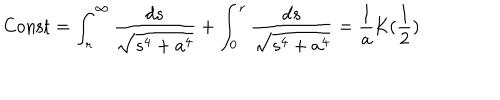
\mathrm { { C o n s t } } = \int _ { r } ^ { \infty } { \frac { d s } { \sqrt { s ^ { 4 } + a ^ { 4 } } } } + \int _ { 0 } ^ { r } { \frac { d s } { \sqrt { s ^ { 4 } + a ^ { 4 } } } } = \frac { 1 } { a } \mathrm { K } ( \frac { 1 } { 2 } )